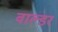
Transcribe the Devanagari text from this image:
वाल्डर